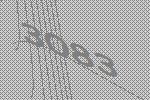
3083